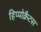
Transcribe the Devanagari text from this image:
हिप्पोक्रैटस